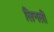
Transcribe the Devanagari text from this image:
लिनली